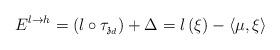
LaTeX: \begin{align*}E^{l\rightarrow h}=\left( l\circ \tau _{\mathfrak{z}_{d}}\right)+\Delta =l\left( \xi \right) -\left\langle \mu ,\xi \right\rangle\end{align*}